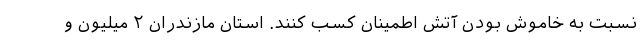
نسبت به خاموش بودن آتش اطمینان کسب کنند. استان مازندران ۲ میلیون و